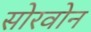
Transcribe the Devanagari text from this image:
सोरवोन